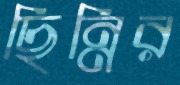
ছিন্নির